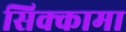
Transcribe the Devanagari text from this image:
सिक्कामा